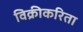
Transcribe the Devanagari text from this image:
विक्रीकरिता